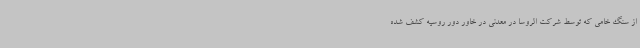
از سنگ خامی که توسط شرکت الروسا در معدنی در خاور دور روسیه کشف شده